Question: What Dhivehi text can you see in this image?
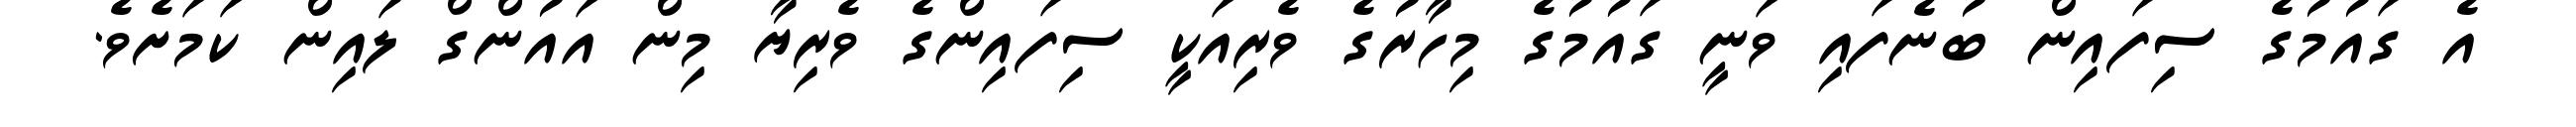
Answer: އެ ގައުމުގެ ސިފައިން ބުނެފައި ވަނީ ގައުމުގެ މިހާރުގެ ވެރިއަކީ ސިފައިންގެ ވެރިޔާ މިން އައުންގް ލައިން ކަމަށެވެ.